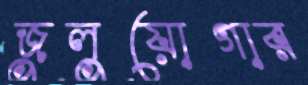
জুলুয়োগার